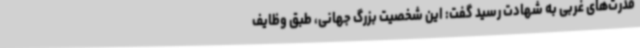
قدرت‌های غربی به شهادت رسید گفت: این شخصیت بزرگ جهانی، طبق وظایف